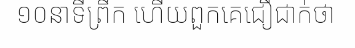
១០នាទីព្រឹក ហើយពួកគេជឿជាក់ថា